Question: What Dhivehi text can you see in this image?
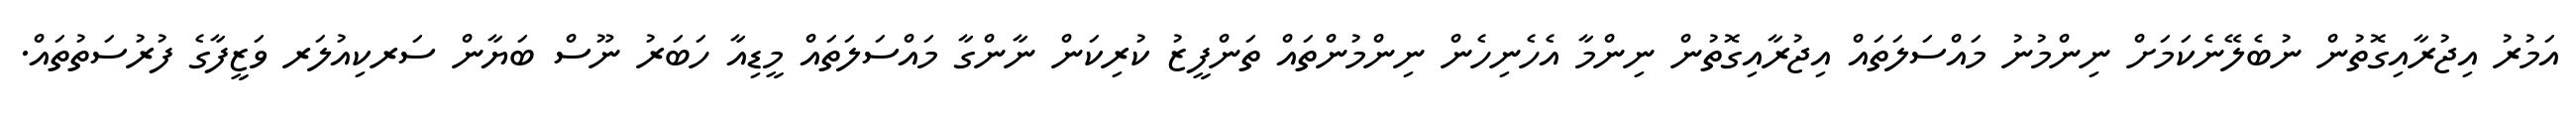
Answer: އަމުރު އިޖުރާއިގޮތުން ނުބެލޭނެކަމަށް ނިންމުނު މައްސަލަތައް އިޖުރާއިގޮތުން ނިންމާ އެހެނިހެން ނިންމުންތައް ތަންފީޒު ކުރިކަން ނާންގާ މައްސަލަތައް މީޑިއާ ހަބަރު ނޫސް ބަޔާން ސަރކިއުލަރ ވަޒީފާގެ ފުރުސަތުތައް.